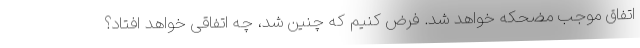
اتفاق موجب مضحکه خواهد شد. فرض کنیم که چنین شد، چه اتفاقی خواهد افتاد؟